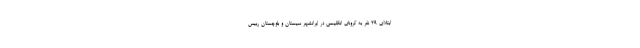
ابتلای 29 نفر به کرونای انگلیسی در ایرانشهر سیستان و بلوچستان رییس